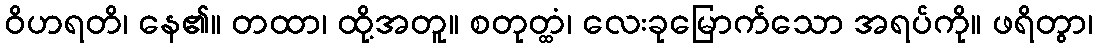
ဝိဟရတိ၊ နေ၏။ တထာ၊ ထို့အတူ။ စတုတ္ထံ၊ လေးခုမြောက်သော အရပ်ကို။ ဖရိတွာ၊